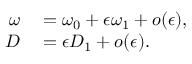
\begin{array} { r l } { \omega } & { { } = \omega _ { 0 } + \epsilon \omega _ { 1 } + o ( \epsilon ) , } \\ { D } & { { } = \epsilon D _ { 1 } + o ( \epsilon ) . } \end{array}